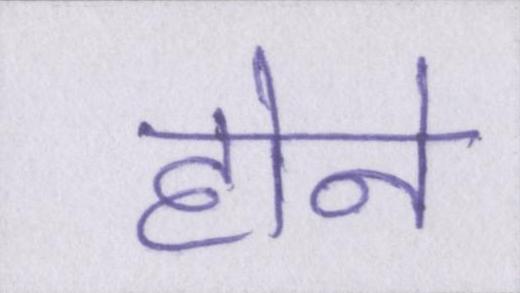
होने